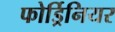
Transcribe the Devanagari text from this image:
फोर्ड्रिनियर